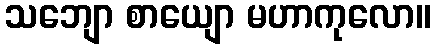
သဘျော စာယျော မဟာကုလော။